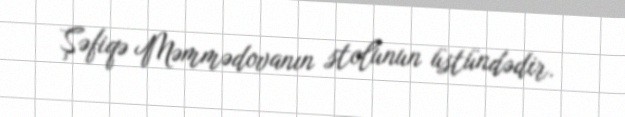
Şəfiqə Məmmədovanın stolunun üstündədir.